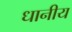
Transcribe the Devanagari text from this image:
धानीय